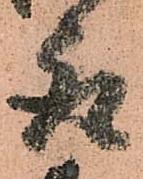
取